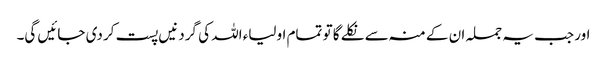
اور جب یہ جملہ ان کے منہ سے نکلے گا تو تمام اولیاء اللہ کی گردنیں پست کر دی جائیں گی۔